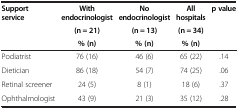
| Support service | With endocrinologist | No endocrinologist | All hospitals | p value |
 |  | (n = 21) | (n = 13) | (n = 34) |  |
 |  | % (n) | % (n) | % (n) |  |
 | --- | --- | --- | --- | --- |
 | Podiatrist | 76 (16) | 46 (6) | 65 (22) | .14 |
 | Dietician | 86 (18) | 54 (7) | 74 (25) | .06 |
 | Retinal screener | 24 (5) | 8 (1) | 18 (6) | .37 |
 | Ophthalmologist | 43 (9) | 21 (3) | 35 (12) | .28 |